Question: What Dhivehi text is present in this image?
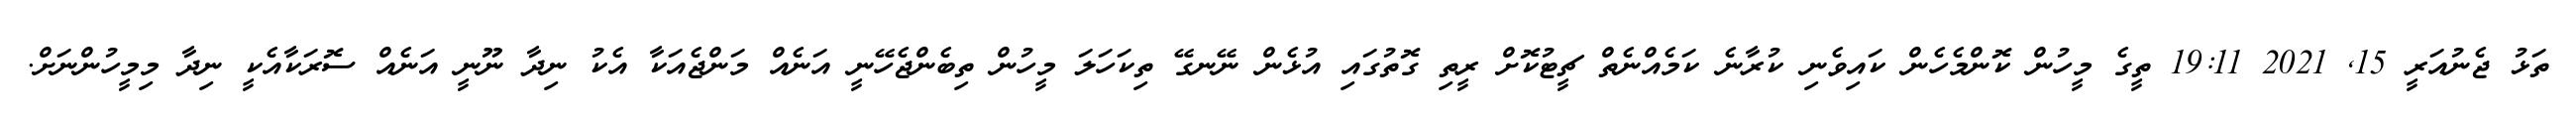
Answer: ތަޅު ޖެނުއަރީ 15, 2021 19:11 ތީގެ މީހުން ކޮންމެހެން ކައިވެނި ކުރާނެ ކަމެއްނެތް ޗީޓުކޮށް ރީތި ގޮތުގައި އުޅެން ނޭނގޭ ތިކަހަލަ މީހުން ތިބެންޖެހޭނީ އަނެއް މަންޖެއަކާ އެކު ނިދާ ނޫނީ އަނެއް ސޮރަކާއެކީ ނިދާ މިމީހުންނަށް.